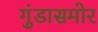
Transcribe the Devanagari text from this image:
गुंडासमोर